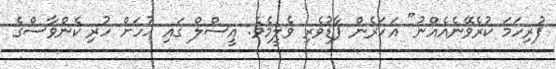
ފުރިހަމަ ކުރެވޭނެއެއްނު" އަހަރެން ފާޑުވެރި ވެލީމެވެ. އީސްލް ގައި ހުހަށް ހުރި ކެންވާސްގެ